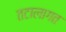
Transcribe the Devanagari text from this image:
तटालागत